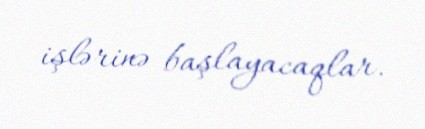
işlərinə başlayacaqlar.